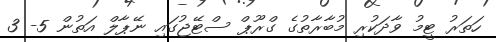
ހަތަރު ޓީމު ވާދަކުރި މުބާރާތުގެ ގްރޫޕް ސްޓޭޖުގައި ނޭޕާލް އަތުން 5- 3